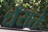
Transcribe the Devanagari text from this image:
धँसते